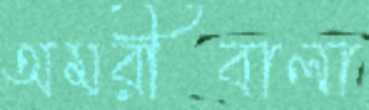
অমরীবালা